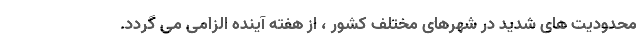
محدودیت های شدید در شهرهای مختلف کشور ، از هفته آینده الزامی می گردد.